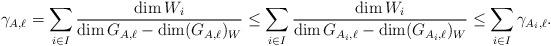
LaTeX: \begin{align*}\gamma_{A,\ell} &= \sum_{i\in I} \frac{\dim W_i}{\dim G_{A,\ell} - \dim (G_{A,\ell})_W} \leq \sum_{i\in I} \frac{\dim W_i}{\dim G_{A_i,\ell} - \dim (G_{A_i,\ell})_W} \leq \sum_{i \in I} \gamma_{A_i,\ell}.\end{align*}